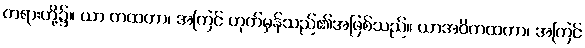
တရားတို့၌။ ယာ တထတာ၊ အကြင် ဟုတ်မှန်သည်၏အဖြစ်သည်။ ယာအဝိတထတာ၊ အကြင်